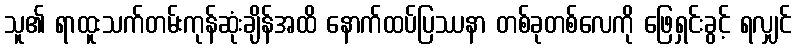
သူ၏ ရာထူးသက်တမ်းကုန်ဆုံးချိန်အထိ နောက်ထပ်ပြဿနာ တစ်ခုတစ်လေကို ဖြေရှင်းခွင့် ရလျှင်